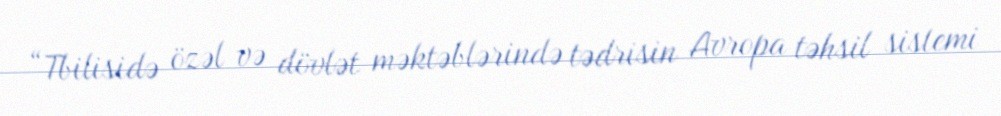
“Tbilisidə özəl və dövlət məktəblərində tədrisin Avropa təhsil sistemi